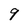
Character: 9